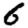
Digit: 6